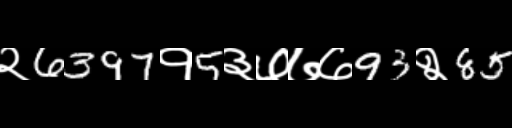
Text: २6397१5३७७७93२85